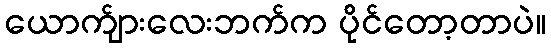
ယောက်ျားလေးဘက်က ပိုင်တော့တာပဲ။